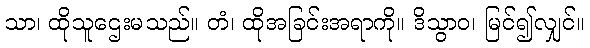
သာ၊ ထိုသူဌေးမသည်။ တံ၊ ထိုအခြင်းအရာကို။ ဒိသွာဝ၊ မြင်၍လျှင်။